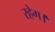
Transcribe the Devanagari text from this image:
रहेग।